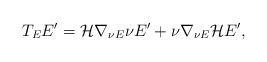
LaTeX: \begin{align*}T_E E'= \mathcal{H} \nabla_{\nu E} \nu E' + \nu \nabla_{\nu E} \mathcal{H}E',\end{align*}